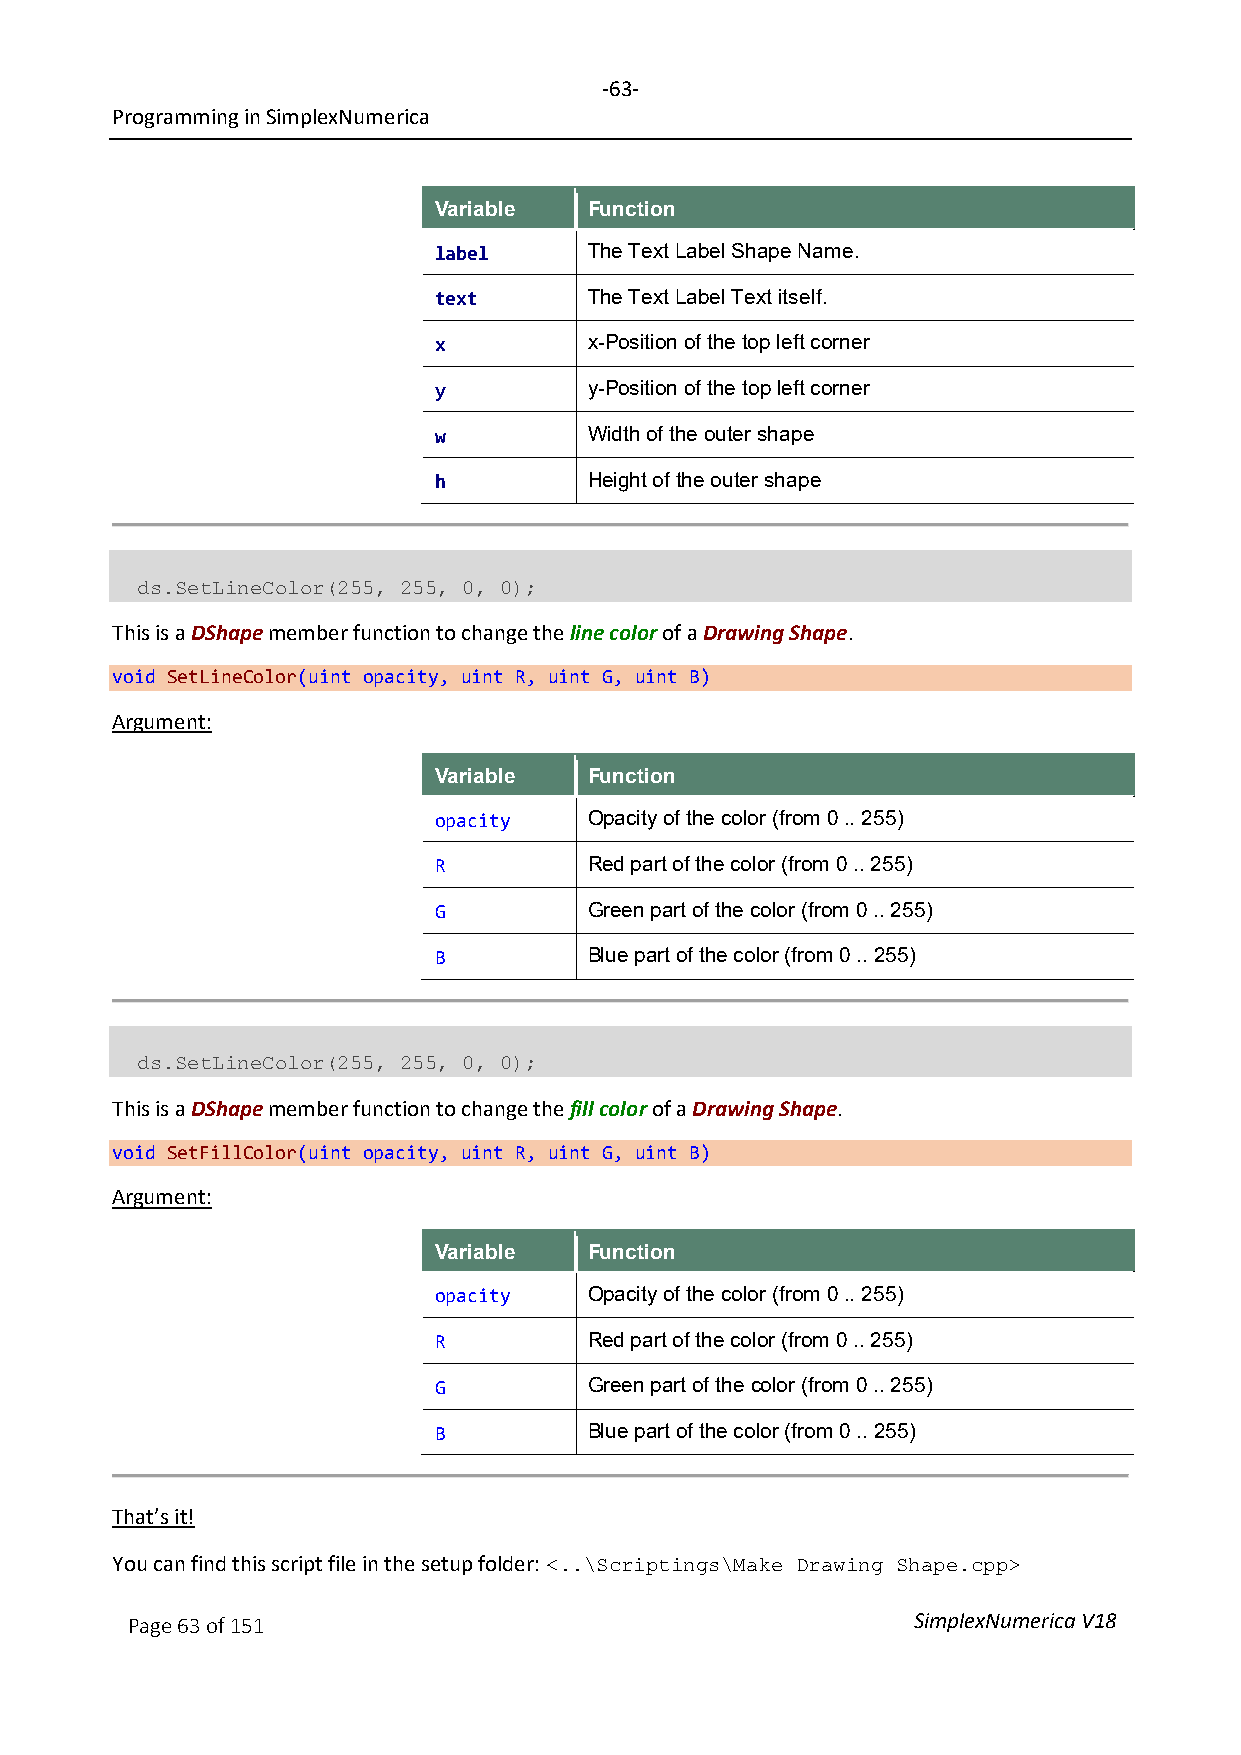
-63-
 Programming in SimplexNumerica
 Variable  Function
 label     The Text Label Shape Name.
 text      The Text Label Text itself.
 x         x-Position of the top left corner
 y         y-Position of the top left corner
 w         Width of the outer shape
 h         Height of the outer shape
 ds.SetLineColor(255, 255, 0, 0);
 This is a DShape member function to change the line color of a Drawing Shape.
 void SetLineColor(uint opacity, uint R, uint G, uint B)
 Argument:
 Variable  Function
 opacity   Opacity of the color (from 0 .. 255)
 R         Red part of the color (from 0 .. 255)
 G         Green part of the color (from 0 .. 255)
 B         Blue part of the color (from 0 .. 255)
 ds.SetLineColor(255, 255, 0, 0);
 This is a DShape member function to change the fill color of a Drawing Shape.
 void SetFillColor(uint opacity, uint R, uint G, uint B)
 Argument:
 Variable  Function
 opacity   Opacity of the color (from 0 .. 255)
 R         Red part of the color (from 0 .. 255)
 G         Green part of the color (from 0 .. 255)
 B         Blue part of the color (from 0 .. 255)
 That’s it!
 You can find this script file in the setup folder:
 <..\Scriptings\Make Drawing Shape.cpp>
 Page 63 of 151                                      SimplexNumerica V18